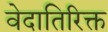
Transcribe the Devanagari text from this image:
वेदातिरिक्त